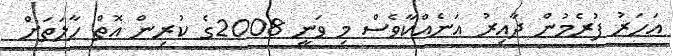
އަހަރު ފުރެމުން ދާއިރު އަނެއްކާވެސް މި ވަނީ 2008ގެ ކުރިން އޮތް ހާލަތަށް